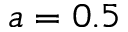
a = 0 . 5